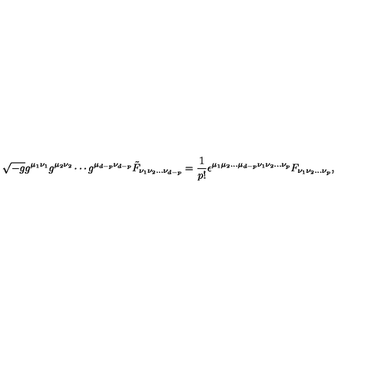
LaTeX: \sqrt { - g } g ^ { \mu _ { 1 } \nu _ { 1 } } g ^ { \mu _ { 2 } \nu _ { 2 } } \cdots g ^ { \mu _ { d - p } \nu _ { d - p } } { \tilde { F } } _ { \nu _ { 1 } \nu _ { 2 } \ldots \nu _ { d - p } } = \frac { 1 } { p ! } \epsilon ^ { \mu _ { 1 } \mu _ { 2 } \ldots \mu _ { d - p } \nu _ { 1 } \nu _ { 2 } \ldots \nu _ { p } } F _ { \nu _ { 1 } \nu _ { 2 } \ldots \nu _ { p } } ,